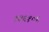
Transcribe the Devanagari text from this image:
१३६१०६